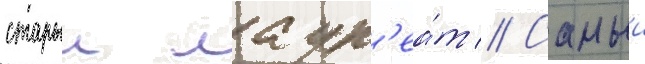
старыи лаур'еа́т // Самыи